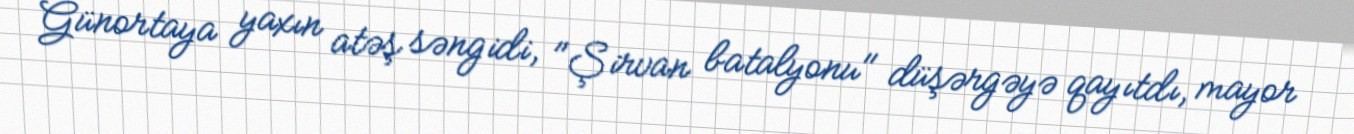
Günortaya yaxın atəş səngidi, "Şirvan batalyonu" düşərgəyə qayıtdı, mayor